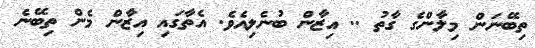
ތިބޭނަން މިލާންގެ ގާތު .. އިޒާން ބުނެލިއެވެ. އެތާގައި އިޒާން މެން ތިބޭނެ